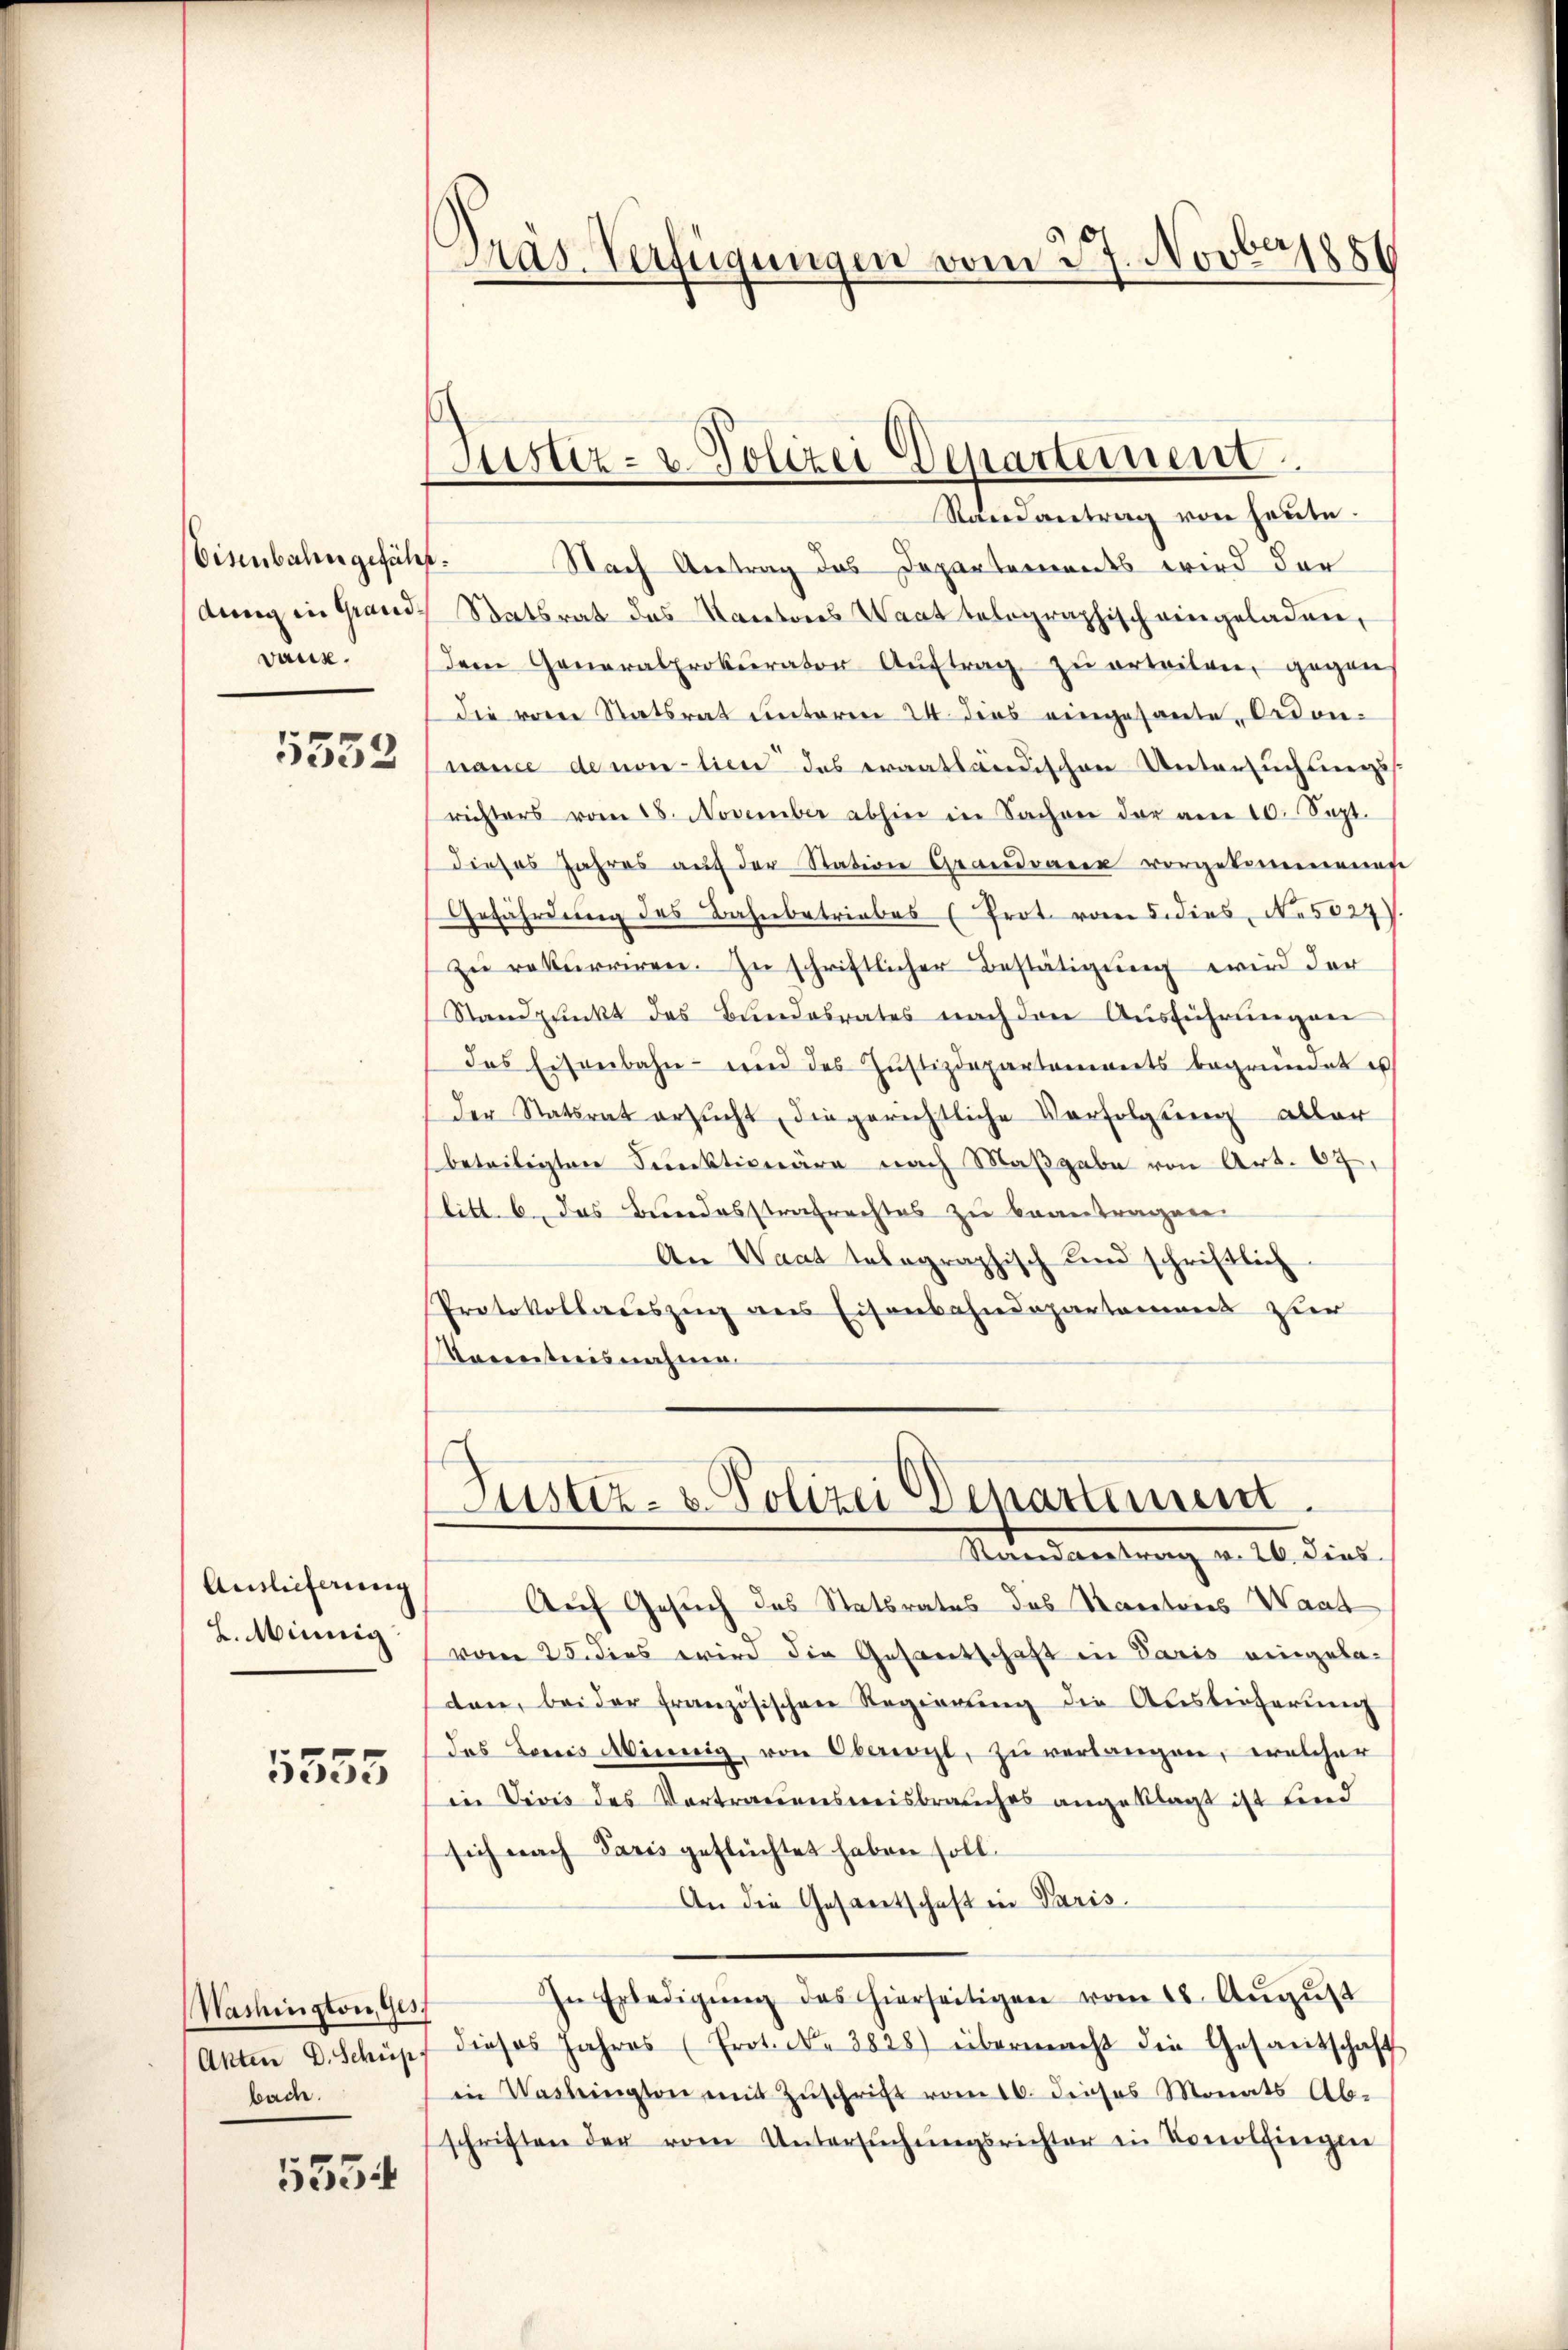
Eisenbahn gefällt.
dung in Grand¬
5552

Auslieferung
2. Minnig

5555

Washington, Ges
Akten D. Schüp
bach.

5534

Präs. Verfügungen vom 27. Novber

Justiz- & Polizei Departement

Randantrag von heute.
Nach Antrag das Departements wird der
Satsrat das Kantones Waat telegraphisch eingeladen,
vank. Dem Generalprokurator Aŭftrag zŭ ertriten, gegen
die von Statsrat unterm 24. dies eingesante Ordon-
nance de non tien das erantländischen Untersuchtungs
richters vom 18. November abhin in Sachen der am 10. Sept.
dieses Jahres aŭf der Station Grandauer vorgekommenen
Gefährdung des Bahnbetriebes (Prot. vom 5. dies, N. 5027).
zu rekurriren. In schriftlicher Bestätigung wird der
Standpŭnkt des Bŭndesrates nach den Aŭsführŭngen
das Eisenbahn- und des Jŭstizdepartements begründet us
der Statsrat ersucht, die gerichtliche Verfolgung aller
beteiligten Funktionäre nach Maßgabe von Art. 67,
litt. b. das Bundesstrafrechtes zu beantragen.
An Waat telegraphisch und schriftlich
Protokollauszing aus Eisenbahndepartement zur
Kenntnisnahme

Justiz- & Polizei Departement.
Randantrag v. 26. dies

Auf Gesuch des Statsrates des Rectores Waad
vom 25. dies wird die Gesantschaft in Paris eingelaten, bei der französischen Regierŭng die Auslieferung
das Lois Winnig, von Oberenzt, zu verlangen, welcher
in Divis des Vortrauensmeisbrauches angeklagt ist Lind
sich nach Paris geftüchtet haben soll.
An die Gesandtschaft in Paris.
In Erledigŭng des hierseitigen vom 18. Aŭgŭst
dieses Jahres (Prot. c. 3828) übermacht die Gasanitschaft
in Washington mit Zuschrift vom 16. dieses Monats Ab-
schriften der vom Untersŭchŭngsrichter in Konolfinglie